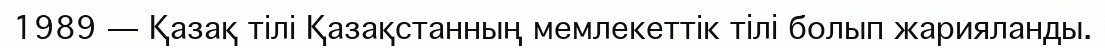
1989 — Қазақ тілі Қазақстанның мемлекеттік тiлi болып жарияланды.